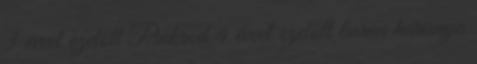
3 évvel ezelőtt Pinkrod 4 évvel ezelőtt barna harisnya